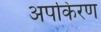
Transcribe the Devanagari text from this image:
अपकिरण